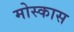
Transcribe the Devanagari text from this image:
मोस्कास